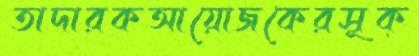
তাদারকআয়োজকেরসূক্